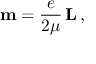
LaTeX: \mathbf { m } = { \frac { e } { 2 \mu } } \, \mathbf { L } \, ,